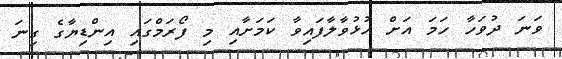
ވަނަ ދުވަހާ ހަމަ އަށް ހުޅުވާލާފައިވާ ކަމަށާއި މި ފޯރަމްގައި އިންޑިޔާގެ ގިނަ